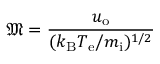
{ \mathfrak { M } } = { \frac { u _ { \mathrm { o } } } { ( k _ { \mathrm { B } } T _ { \mathrm { e } } / m _ { \mathrm { i } } ) ^ { 1 / 2 } } }